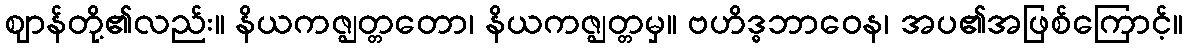
ဈာန်တို့၏လည်း။ နိယကဇ္ဈတ္တတော၊ နိယကဇ္ဈတ္တမှ။ ဗဟိဒ္ဓဘာဝေန၊ အပ၏အဖြစ်ကြောင့်။